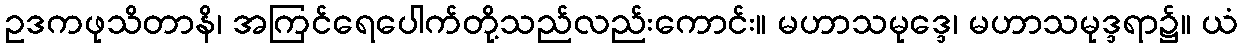
ဥဒကဖုသိတာနိ၊ အကြင်ရေပေါက်တို့သည်လည်းကောင်း။ မဟာသမုဒ္ဒေ၊ မဟာသမုဒ္ဒရာ၌။ ယံ